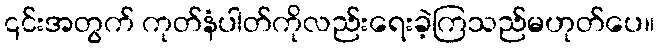
၎င်းအတွက် ကုတ်နံပါတ်ကိုလည်းရေးခဲ့ကြသည်မဟုတ်ပေ။